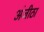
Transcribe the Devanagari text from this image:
अंजीठा